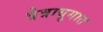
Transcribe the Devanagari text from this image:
त्रेत्रायुगात